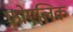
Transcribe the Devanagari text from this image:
फ्रोएलिक